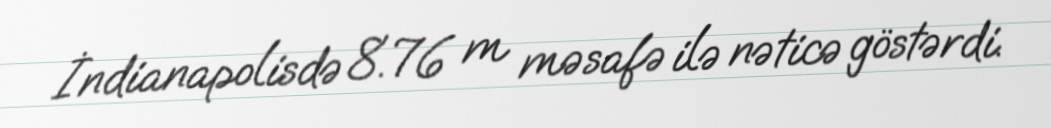
İndianapolisdə 8.76 m məsafə ilə nəticə göstərdi.